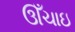
ઊઁચાઇ